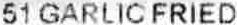
51 GARLIC FRIED